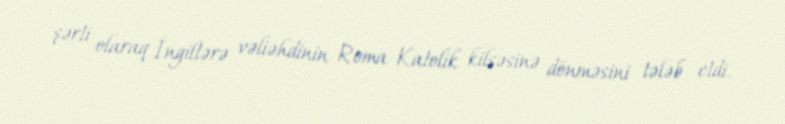
şərti olaraq İngiltərə vəliəhdinin Roma-Katolik kilsəsinə dönməsini tələb etdi.